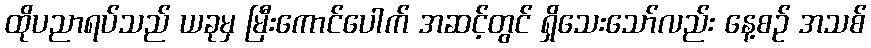
ထိုပညာရပ်သည် ယခုမှ မြီးကောင်ပေါက် အဆင့်တွင် ရှိသေးသော်လည်း နေ့စဉ် အသစ်